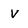
Character: V